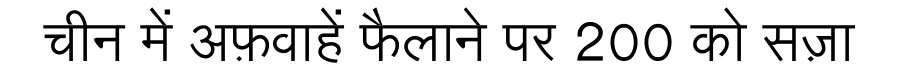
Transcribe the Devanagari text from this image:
चीन में अफ़वाहें फैलाने पर 200 को सज़ा